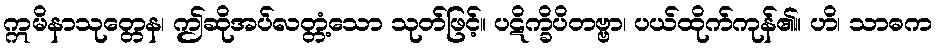
ဣမိနာသုတ္တေန၊ ဤဆိုအပ်လတ္တံ့သော သုတ်ဖြင့်။ ပဋိက္ခိပိတဗ္ဗာ၊ ပယ်ထိုက်ကုန်၏။ ဟိ၊ သာဓက